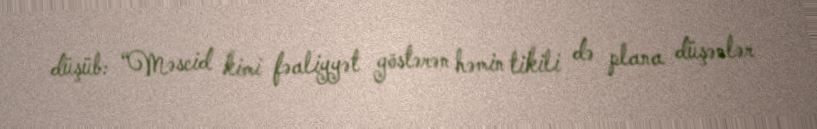
düşüb: “Məscid kimi fəaliyyət göstərən həmin tikili də plana düşənlər